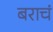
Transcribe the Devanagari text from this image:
बराचं